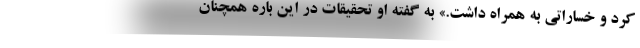
کرد و خساراتی به همراه داشت.» به گفته او تحقیقات در این باره همچنان